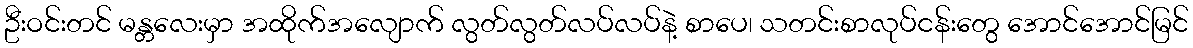
ဦးဝင်းတင် မန္တလေးမှာ အထိုက်အလျောက် လွတ်လွတ်လပ်လပ်နဲ့ စာပေ၊ သတင်းစာလုပ်ငန်းတွေ အောင်အောင်မြင်